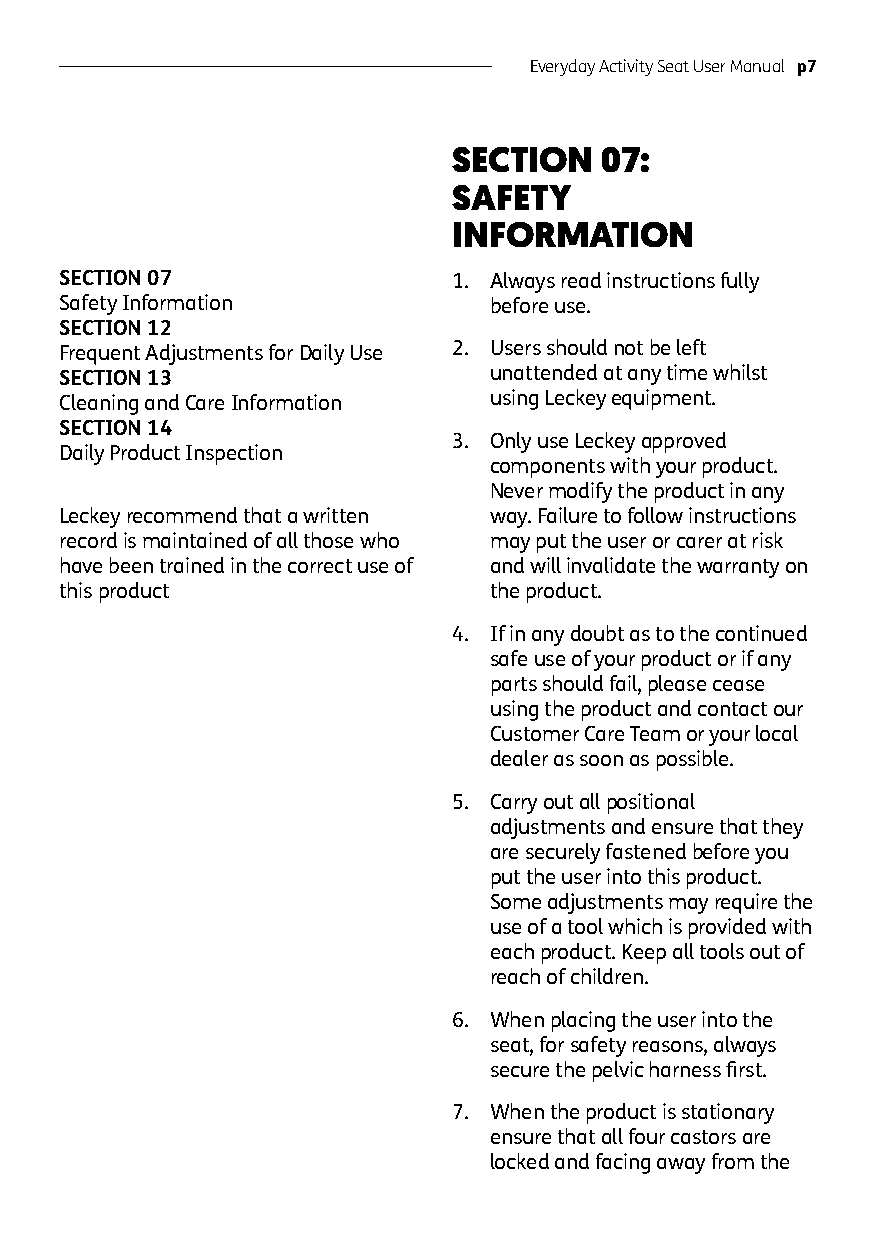
Everyday Activity Seat User Manual p7
 SECTION   07:
 SAFETY
 INFORMATION
 SECTION 07                1. Always read instructions fully
 Safety Information          before use.
 SECTION 12
 Frequent Adjustments for Daily Use 2. Users should not be left
 SECTION 13                  unattended at any time whilst
 Cleaning and Care Information using Leckey equipment.
 SECTION 14
 3. Only use Leckey approved
 Daily Product Inspection
 components with your product.
 Never modify the product in any
 Leckey recommend that a written way. Failure to follow instructions
 record is maintained of all those who may put the user or carer at risk
 have been trained in the correct use of and will invalidate the warranty on
 this product                the product.
 4. If in any doubt as to the continued
 safe use of your product or if any
 parts should fail, please cease
 using the product and contact our
 Customer Care Team or your local
 dealer as soon as possible.
 5. Carry out all positional
 adjustments and ensure that they
 are securely fastened before you
 put the user into this product.
 Some adjustments may require the
 use of a tool which is provided with
 each product. Keep all tools out of
 reach of children.
 6. When placing the user into the
 seat, for safety reasons, always
 secure the pelvic harness first.
 7. When the product is stationary
 ensure that all four castors are
 locked and facing away from the